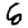
Digit: 6